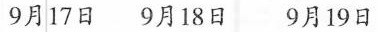
9月17日 9月18日 9月19日